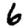
Digit: 6